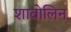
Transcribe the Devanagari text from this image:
शावोलिन